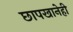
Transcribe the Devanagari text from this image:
छापखानेही